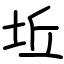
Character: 坵